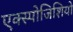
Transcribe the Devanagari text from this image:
एक्स्पोजिशियो